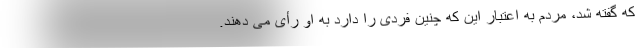
که گفته شد، مردم به اعتبار این که چنین فردی را دارد به او رأی می دهند.